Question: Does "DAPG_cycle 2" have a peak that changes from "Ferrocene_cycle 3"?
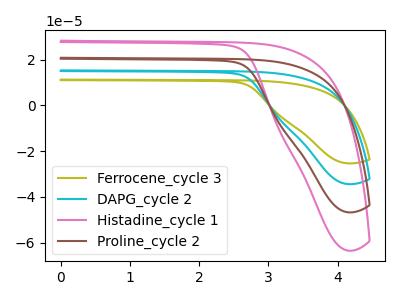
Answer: <think>The olive curve "Ferrocene_cycle 3" has no peaks. The cyan curve "DAPG_cycle 2" has no peaks. The pink curve "Histadine_cycle 1" has no peaks. The brown curve "Proline_cycle 2" has no peaks.
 Neither "DAPG_cycle 2" or "Ferrocene_cycle 3" have any peaks.</think>
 <answer>No, "DAPG_cycle 2" and "Ferrocene_cycle 3" don't appear to be significantly different in shape</answer>
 <eval>no_change</eval>